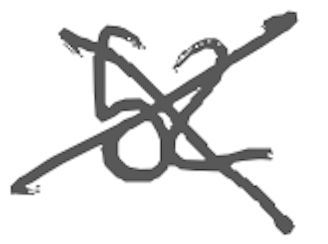
Text: 52
Cross-out: cross
Writing tool: digital_gray